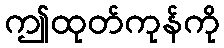
ဤထုတ်ကုန်ကို